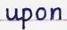
upon